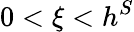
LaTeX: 0<\xi<h^{S}